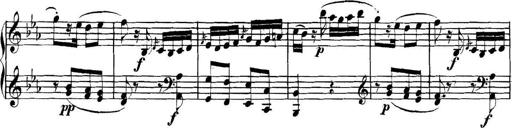
Title: Collected Piano Sonatas
Composer: Muzio Clementi